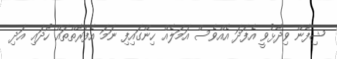
ޝިފާން ވިދާޅުވީ އެފަދަ އެއްވެސް އަމަލެއް ހިންގައިފި ނަމަ އެފަރާތްތައް ހޯދައި އަދި